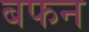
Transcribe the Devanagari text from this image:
बफन